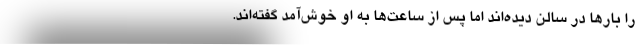
را بارها در سالن دیده‌اند اما پس از ساعت‌ها به او خوش‌آمد گفته‌اند.